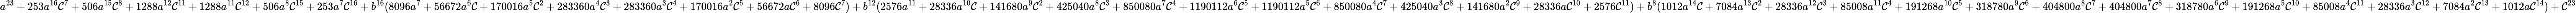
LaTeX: a^{23}+253a^{16}\mathcal{C}^{7}+506a^{15}\mathcal{C}^{8}+1288a^{12}\mathcal{C}^{11}+1288a^{11}\mathcal{C}^{12}+506a^{8}\mathcal{C}^{15}+253a^{7}\mathcal{C}^{16}+b^{16}(8096a^{7}+56672a^{6}\mathcal{C}+170016a^{5}\mathcal{C}^{2}+283360a^{4}\mathcal{C}^{3}+283360a^{3}\mathcal{C}^{4}+170016a^{2}\mathcal{C}^{5}+56672a\mathcal{C}^{6}+8096\mathcal{C}^{7})+b^{12}(2576a^{11}+28336a^{10}\mathcal{C}+141680a^{9}\mathcal{C}^{2}+425040a^{8}\mathcal{C}^{3}+850080a^{7}\mathcal{C}^{4}+1190112a^{6}\mathcal{C}^{5}+1190112a^{5}\mathcal{C}^{6}+850080a^{4}\mathcal{C}^{7}+425040a^{3}\mathcal{C}^{8}+141680a^{2}\mathcal{C}^{9}+28336a\mathcal{C}^{10}+2576\mathcal{C}^{11})+b^{8}(1012a^{14}\mathcal{C}+7084a^{13}\mathcal{C}^{2}+28336a^{12}\mathcal{C}^{3}+85008a^{11}\mathcal{C}^{4}+191268a^{10}\mathcal{C}^{5}+318780a^{9}\mathcal{C}^{6}+404800a^{8}\mathcal{C}^{7}+404800a^{7}\mathcal{C}^{8}+318780a^{6}\mathcal{C}^{9}+191268a^{5}\mathcal{C}^{10}+85008a^{4}\mathcal{C}^{11}+28336a^{3}\mathcal{C}^{12}+7084a^{2}\mathcal{C}^{13}+1012a\mathcal{C}^{14})+\mathcal{C}^{23}